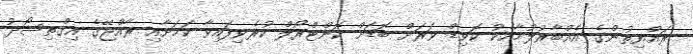
ރައްޔިތުންގެ އެއްބާރުލުމާއެކު ކޮވިޑް ވަރަށް ބޮޑަށް ކޮންޓްރޯލް ކުރެވިފައިވާ ކަމަށާއި ރާއްޖޭގެ އިގްތިސޯދު